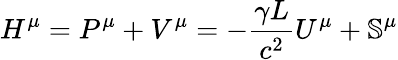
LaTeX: H^{\mu}=P^{\mu}+V^{\mu}=-\frac{\gamma L}{c^{2}}U^{\mu}+\mathbb{S}^{\mu}